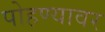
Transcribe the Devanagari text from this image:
पोहण्यावर